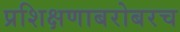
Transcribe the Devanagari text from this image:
प्रशिक्षणाबरोबरच